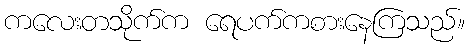
ကလေးတသိုက်က ရေပက်ကစားနေကြသည်။